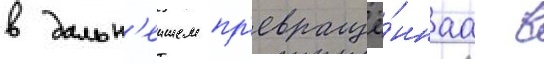
в дальн'еишем пр'евращё́ннаа в